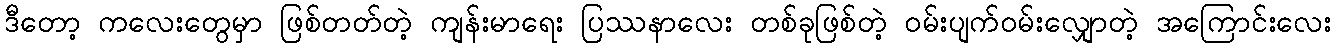
ဒီတော့ ကလေးတွေမှာ ဖြစ်တတ်တဲ့ ကျန်းမာရေး ပြဿနာလေး တစ်ခုဖြစ်တဲ့ ဝမ်းပျက်ဝမ်းလျှောတဲ့ အကြောင်းလေး